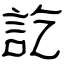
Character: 訖